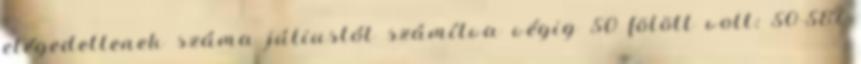
elégedetlenek száma júliustól számítva végig 50 fölött volt: 50-58%